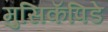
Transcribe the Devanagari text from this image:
मुसिकॅपिडे